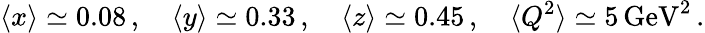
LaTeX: \langle x\rangle\simeq 0.08\, ,\quad\langle y\rangle\simeq 0.33\, ,\quad\langle z\rangle\simeq 0.45\, ,\quad\langle Q^{2}\rangle\simeq 5\, \mathrm{GeV}^{2}\, .